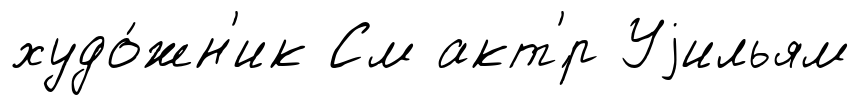
худо́жн'ик См акт'́р Уjильям